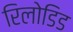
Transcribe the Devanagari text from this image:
रिलोडिड